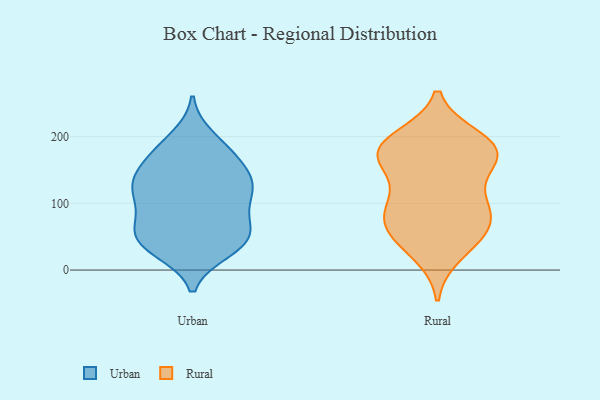
{"axis": {"x": "Bounce Rate (%)", "y": "Value"}, "legend": ["Rural", "Urban"], "data": [{"x": "", "y": 173, "type": "Urban"}, {"x": "", "y": 117, "type": "Urban"}, {"x": "", "y": 55, "type": "Urban"}, {"x": "", "y": 138, "type": "Urban"}, {"x": "", "y": 139, "type": "Urban"}, {"x": "", "y": 130, "type": "Urban"}, {"x": "", "y": 174, "type": "Urban"}, {"x": "", "y": 45, "type": "Urban"}, {"x": "", "y": 43, "type": "Urban"}, {"x": "", "y": 83, "type": "Urban"}, {"x": "", "y": 38, "type": "Urban"}, {"x": "", "y": 176, "type": "Urban"}, {"x": "", "y": 119, "type": "Urban"}, {"x": "", "y": 110, "type": "Urban"}, {"x": "", "y": 198, "type": "Urban"}, {"x": "", "y": 39, "type": "Urban"}, {"x": "", "y": 81, "type": "Urban"}, {"x": "", "y": 65, "type": "Urban"}, {"x": "", "y": 30, "type": "Urban"}, {"x": "", "y": 132, "type": "Urban"}, {"x": "", "y": 100, "type": "Rural"}, {"x": "", "y": 192, "type": "Rural"}, {"x": "", "y": 84, "type": "Rural"}, {"x": "", "y": 174, "type": "Rural"}, {"x": "", "y": 66, "type": "Rural"}, {"x": "", "y": 114, "type": "Rural"}, {"x": "", "y": 172, "type": "Rural"}, {"x": "", "y": 164, "type": "Rural"}, {"x": "", "y": 167, "type": "Rural"}, {"x": "", "y": 174, "type": "Rural"}, {"x": "", "y": 93, "type": "Rural"}, {"x": "", "y": 42, "type": "Rural"}, {"x": "", "y": 197, "type": "Rural"}, {"x": "", "y": 71, "type": "Rural"}, {"x": "", "y": 25, "type": "Rural"}, {"x": "", "y": 56, "type": "Rural"}, {"x": "", "y": 186, "type": "Rural"}]}